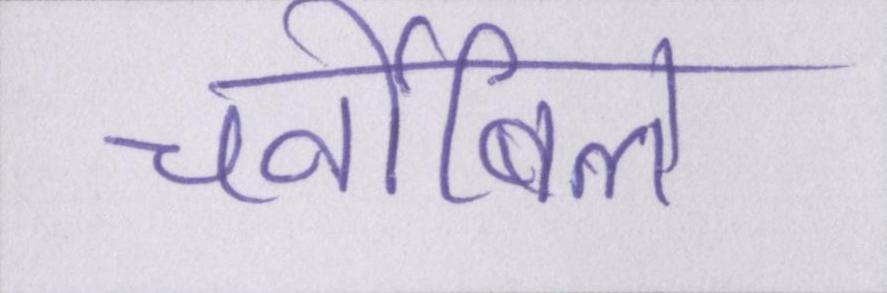
चर्नोबिल